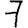
Digit: 7